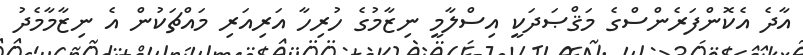
އާދެ އެކޮންފަރެންސްގެ މަޤްޞަދަކީ އިސްލާމީ ނިޒާމުގެ ހުރިހާ އަރިއަރި މައްޗަކުން އެ ނިޒާމާމެދު